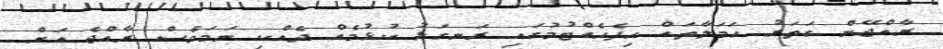
ރާއްޖޭން ގަތަރު ހަމަލާތައް ހިފެހެއްޓުމުގައި ރަނގަޅު ކުޅުމެއް ދެއްކި ނަމަވެސް ރާއްޖެ އަށް